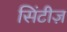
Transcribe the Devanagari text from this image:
सिंटीज़